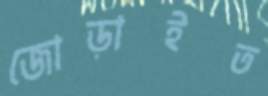
জোড়াইত